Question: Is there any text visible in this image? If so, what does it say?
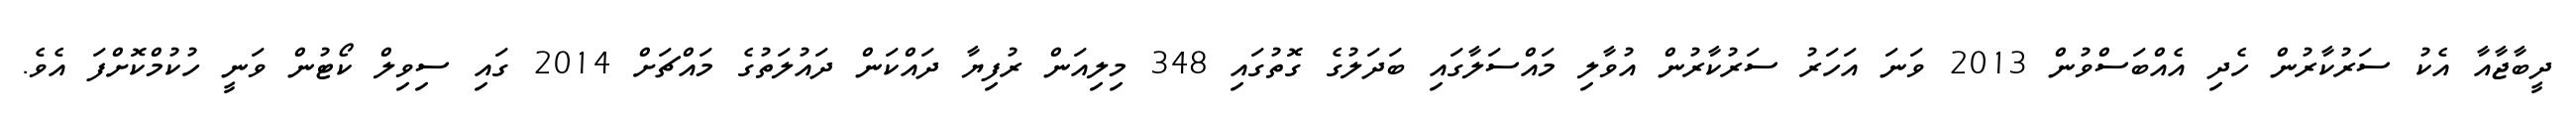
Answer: ދީބާޖާއާ އެކު ސަރުކާރުން ހެދި އެއްބަސްވުން 2013 ވަނަ އަހަރު ސަރުކާރުން އުވާލި މައްސަލާގައި ބަދަލުގެ ގޮތުގައި 348 މިލިއަން ރުފިޔާ ދައްކަން ދައުލަތުގެ މައްޗަށް 2014 ގައި ސިވިލް ކޯޓުން ވަނީ ހުކުމްކޮށްފަ އެވެ.